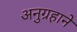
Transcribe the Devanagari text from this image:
अनुग्रहाने